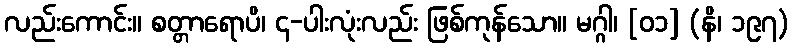
လည်းကောင်း။ စတ္တာရောပိ၊ ၄-ပါးလုံးလည်း ဖြစ်ကုန်သော။ မဂ္ဂါ၊ [၀၁] (နိ၊ ၁၉၇)